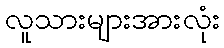
လူသားများအားလုံး